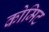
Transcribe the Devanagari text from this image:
कोमिट